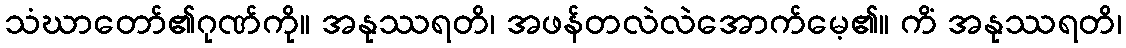
သံဃာတော်၏ဂုဏ်ကို။ အနုဿရတိ၊ အဖန်တလဲလဲအောက်မေ့၏။ ကိံ အနုဿရတိ၊